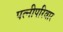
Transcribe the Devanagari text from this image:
पत्नीपरिवार